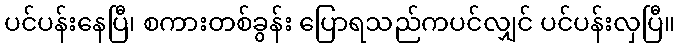
ပင်ပန်းနေပြီ၊ စကားတစ်ခွန်း ပြောရသည်ကပင်လျှင် ပင်ပန်းလှပြီ။